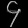
Digit: ၄